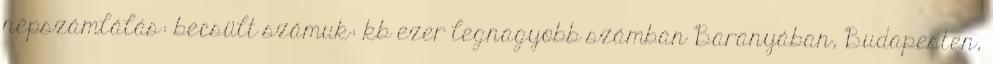
népszámlálás: becsült számuk: kb ezer legnagyobb számban Baranyában, Budapesten,